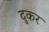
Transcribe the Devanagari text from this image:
दुकर